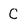
Character: C